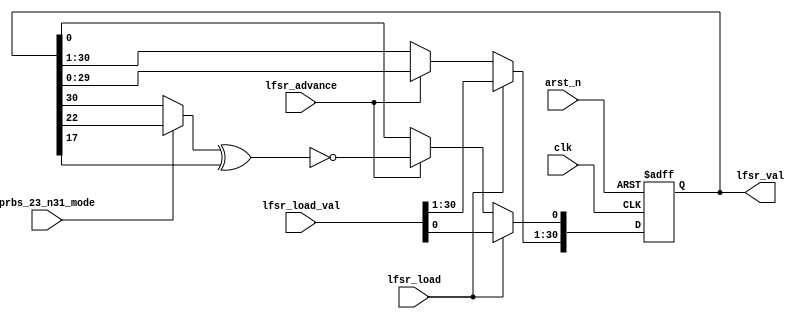
// (C) 2001-2014 Altera Corporation. All rights reserved.
// Your use of Altera Corporation's design tools, logic functions and other 
// software and tools, and its AMPP partner logic functions, and any output 
// files any of the foregoing (including device programming or simulation 
// files), and any associated documentation or information are expressly subject 
// to the terms and conditions of the Altera Program License Subscription 
// Agreement, Altera MegaCore Function License Agreement, or other applicable 
// license agreement, including, without limitation, that your use is for the 
// sole purpose of programming logic devices manufactured by Altera and sold by 
// Altera or its authorized distributors.  Please refer to the applicable 
// agreement for further details.


// Create a PRBS generator for lengths 23 and 31.
// the the output is syncronous. and updates the cycle after load or advance is asserted.
// if load and advance are asserted simultaneousley then the load takes precedance
// 
//  
`timescale 1ps / 1ps
`default_nettype none
module altera_trace_av_st_vpg_lfsr_gen #(
    parameter LFSR_ADVANCE_SIZE = 1 
) (
    input  wire                clk,
    input  wire                arst_n,
                                    
    input  wire                prbs_23_n31_mode,
    input  wire                lfsr_load,
    input  wire         [30:0] lfsr_load_val,
    input  wire                lfsr_advance,   
    output wire         [30:0] lfsr_val
    
);

reg                 [31:1] lfsr;
wire [LFSR_ADVANCE_SIZE:1] lfsr_nextbits;


// PRBS 31    x^31 + x^18 + 1
// PRBS 23    x^23 + x^18 + 1
assign lfsr_nextbits[LFSR_ADVANCE_SIZE -: LFSR_ADVANCE_SIZE] =  ~(((prbs_23_n31_mode)?  lfsr[23 -: LFSR_ADVANCE_SIZE] 
                                                                                      : lfsr[31 -: LFSR_ADVANCE_SIZE]
                                                                   )
                                                                 ^ lfsr[18 -: LFSR_ADVANCE_SIZE]); 
always @(posedge clk or negedge arst_n) begin
    if (1'b0 == arst_n) begin
        lfsr             <= {31{1'b0}};
    end else begin
        if (lfsr_load == 1'b1) begin
            lfsr <= lfsr_load_val;
        end else if (lfsr_advance == 1'b1) begin
            lfsr                      <= lfsr << LFSR_ADVANCE_SIZE;
            lfsr[LFSR_ADVANCE_SIZE:1] <= lfsr_nextbits;
        end
    end
end

assign lfsr_val[30:0] =  lfsr[31:1];

endmodule
`default_nettype wire